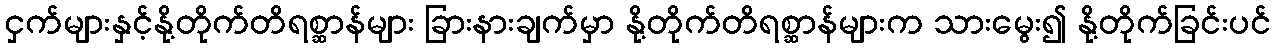
ငှက်များနှင့်နို့တိုက်တိရစ္ဆာန်များ ခြားနားချက်မှာ နို့တိုက်တိရစ္ဆာန်များက သားမွေး၍ နို့တိုက်ခြင်းပင်